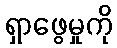
ရှာဖွေမှုကို